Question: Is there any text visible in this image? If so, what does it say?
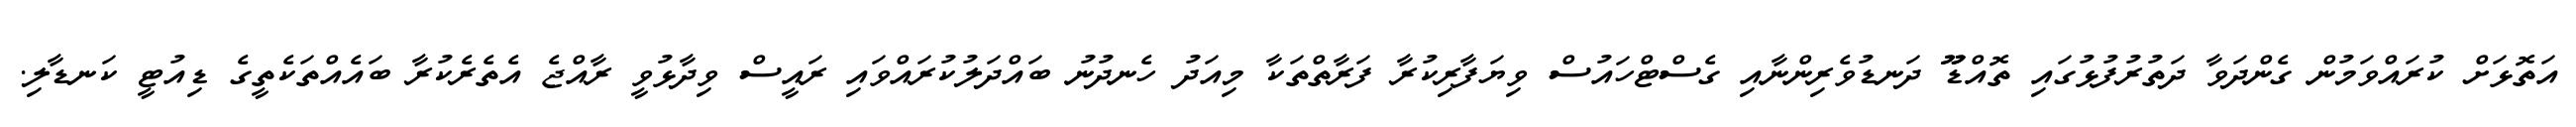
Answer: އަތޮޅަށް ކުރައްވަމުން ގެންދަވާ ދަތުރުފުޅުގައި ތޮއްޑޫޫ ދަނޑުވެރިންނާއި ގެސްޓްހައުސް ވިޔަފާރިކުރާ ފަރާތްތަކާ މިއަދު ހެނދުނު ބައްދަލުކުރައްވައި ރައީސް ވިދާޅުވީ ރާއްޖެ އެތެރެކުރާ ބައެއްތަކެތީގެ ޑިއުޓީ ކަނޑާލި.